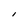
Character: l